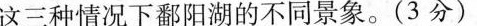
这三种情况下鄱阳湖的不同景象。(3分)